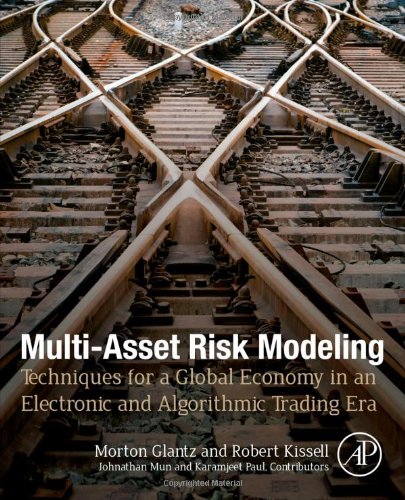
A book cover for Multi-Asset Risk Modeling: Techniques for a Global Economy in an Electronic and Algorithmic Trading Era; Morton Glantz; Business & Money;